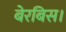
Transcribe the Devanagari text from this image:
बेरबिस।